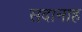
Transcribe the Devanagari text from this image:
सदानाह